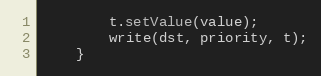
Language: Java
		t.setValue(value);
		write(dst, priority, t);
	}